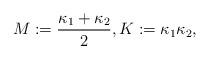
LaTeX: \begin{align*} M:=\dfrac{\kappa_1+\kappa_2}{2}, K:=\kappa_1 \kappa_2,\end{align*}